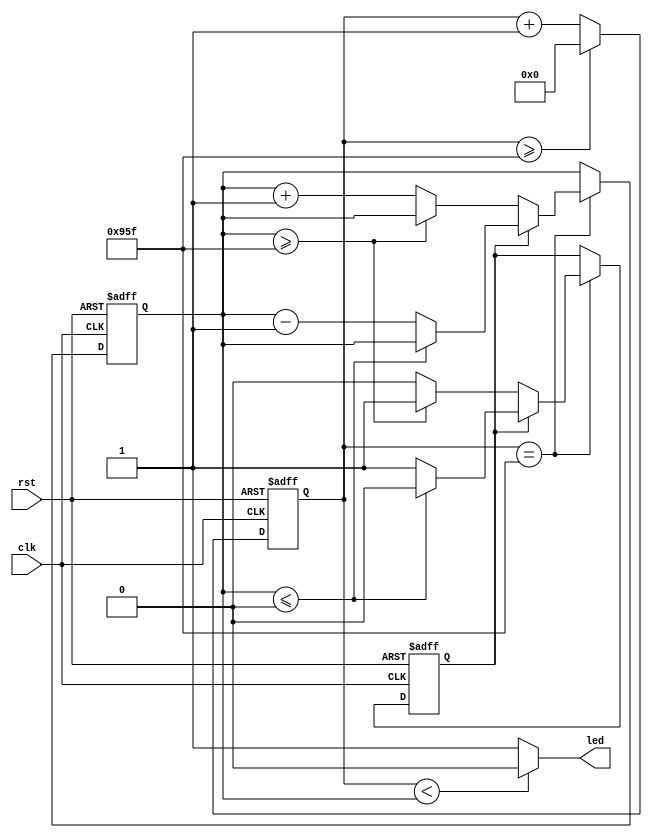
module breath_led(clk,rst,led);
 
	input clk;             //
	input rst;             //
	output led;            //led
 
	reg [24:0] cnt1;       //1
	reg [24:0] cnt2;       //2
	reg flag;              //
 
	parameter   CNT_NUM = 2400;	// period = (2400^2)*2 = 24000000 = 2s
	//cnt1
	always@(posedge clk or negedge rst) begin 
		if(!rst) begin
			cnt1<=13'd0;
			end 
                else begin
		     if(cnt1>=CNT_NUM-1) 
                        cnt1<=1'b0;
		     else 
                        cnt1<=cnt1+1'b1; 
                    end
		end
 
	//cnt2
	always@(posedge clk or negedge rst) begin 
		if(!rst) begin
			cnt2<=13'd0;
			flag<=1'b0;
			end 
                else begin
		     if(cnt1==CNT_NUM-1) begin              //12
			if(!flag) begin                     //02
				if(cnt2>=CNT_NUM-1)         //22
                                    flag<=1'b1;
				else
                                    cnt2<=cnt2+1'b1;
			end else begin                     //2
				if(cnt2<=0)                //202
                                    flag<=1'b0;
				else 
                                    cnt2<=cnt2-1'b1;
			end
			end
                            else cnt2<=cnt2;              //12
			end
			end
 
	//12led
	assign	led = (cnt1<cnt2)?1'b0:1'b1;
 
endmodule